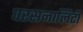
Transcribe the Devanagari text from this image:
परसनालिटी